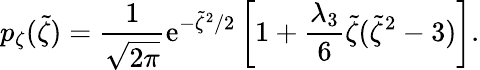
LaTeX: p_{\zeta}(\tilde{\zeta})=\frac{1}{\sqrt{2\pi}}\mathrm{e}^{-\tilde{\zeta}^{2}/2}\left[1+\frac{\lambda_{3}}{6}\tilde{\zeta}(\tilde{\zeta}^{2}-3)\right].